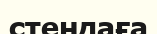
стендаға